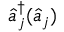
\hat { a } _ { j } ^ { \dagger } ( \hat { a } _ { j } )